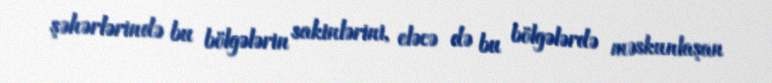
şəhərlərində bu bölgələrin sakinlərini, eləcə də bu bölgələrdə məskunlaşan